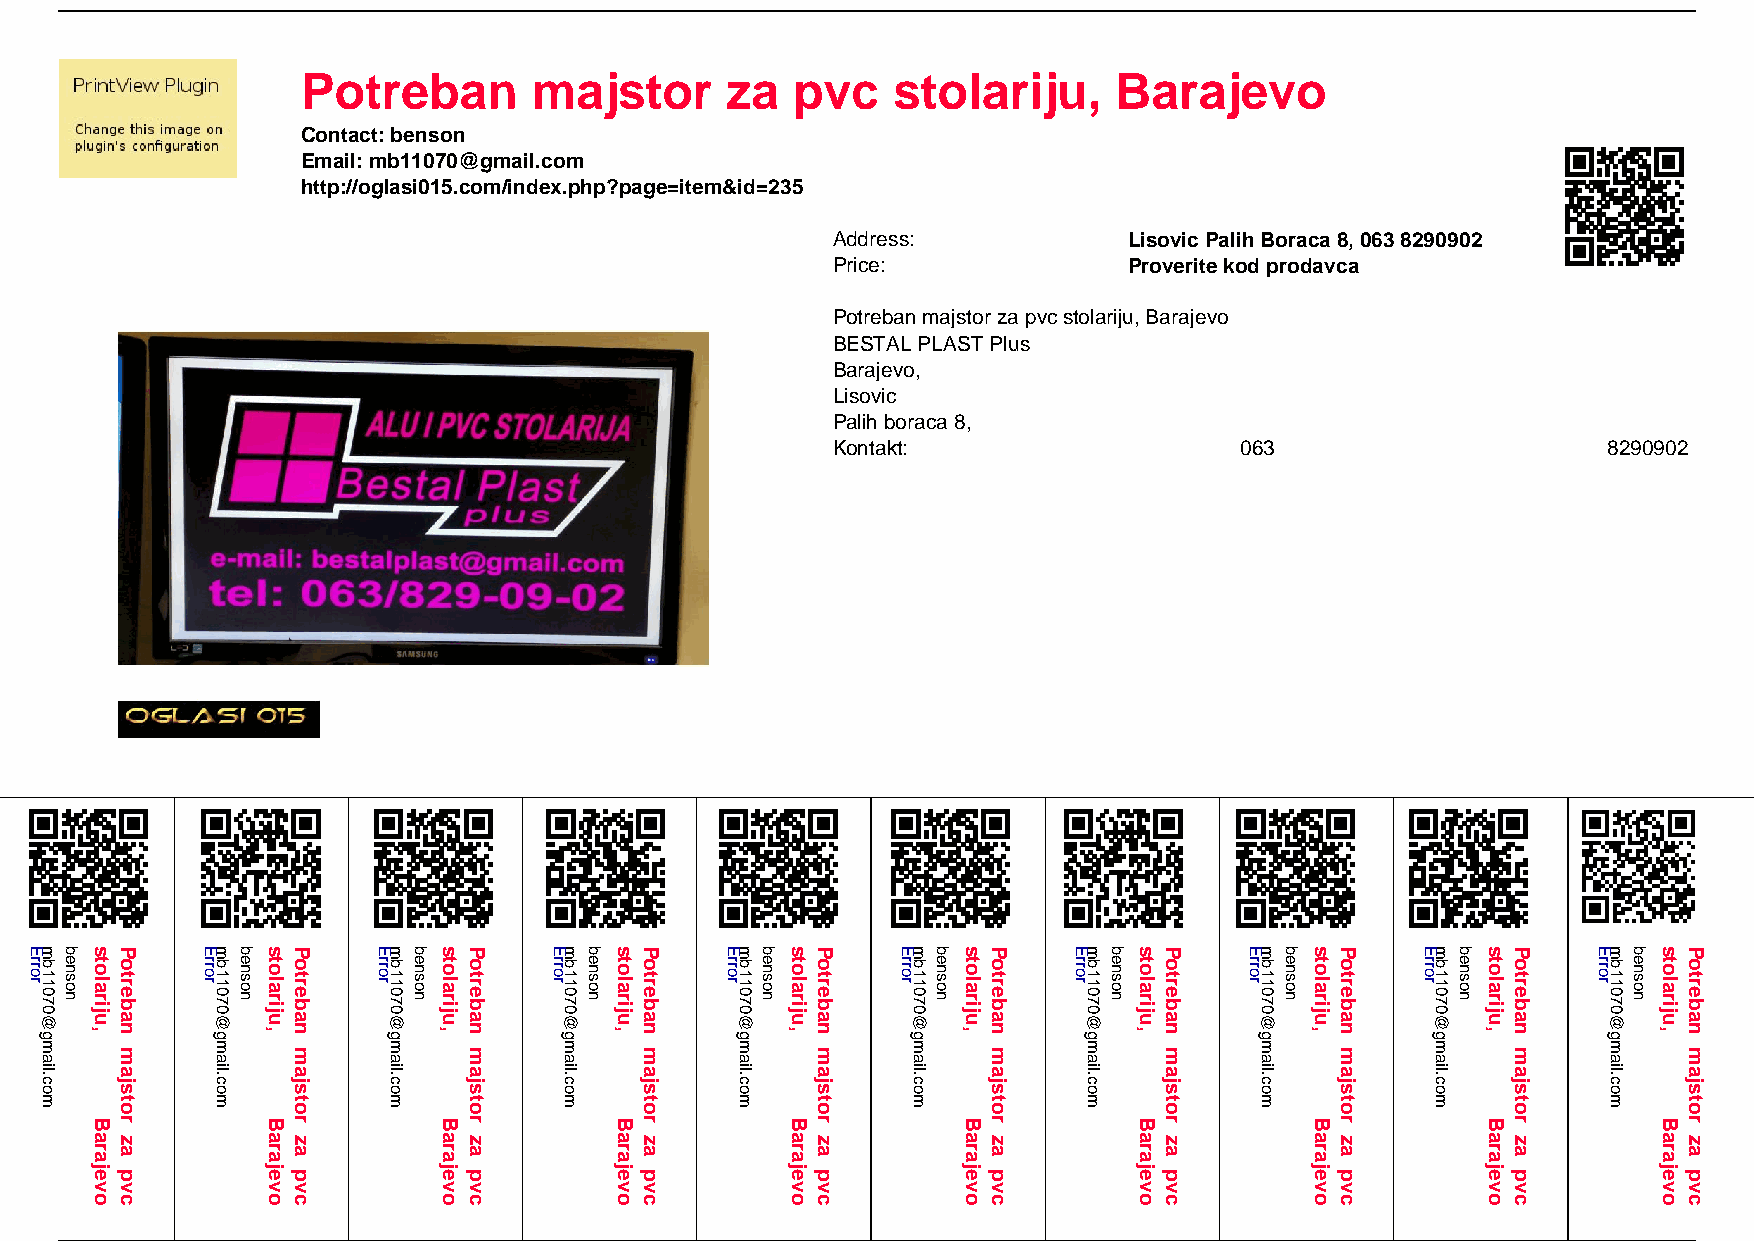
Potreban       majstor      za   pvc   stolariju,     Barajevo
 Contact: benson
 Email: mb11070@gmail.com
 http://oglasi015.com/index.php?page=item&id=235
 Address:            Lisovic Palih Boraca 8, 063 8290902
 Price:              Proverite kod prodavca
 Potreban majstor za pvc stolariju, Barajevo
 BESTAL PLAST Plus
 Barajevo,
 Lisovic
 Palih boraca 8,
 Kontakt:                   063                     8290902
 Powered by TCPDF (www.tcpdf.org)
 1 / 1
 Error mb11070@gmail.com benson stolariju,
 Barajevo
 Potreban
 majstor
 za
 pvc
 Error mb11070@gmail.com benson stolariju,
 Barajevo
 Potreban
 majstor
 za
 pvc
 Error mb11070@gmail.com benson stolariju,
 Barajevo
 Potreban
 majstor
 za
 pvc
 Error mb11070@gmail.com benson stolariju,
 Barajevo
 Potreban
 majstor
 za
 pvc
 Error mb11070@gmail.com benson stolariju,
 Barajevo
 Potreban
 majstor
 za
 pvc
 Error mb11070@gmail.com benson stolariju,
 Barajevo
 Potreban
 majstor
 za
 pvc
 Error mb11070@gmail.com benson stolariju,
 Barajevo
 Potreban
 majstor
 za
 pvc
 Error mb11070@gmail.com benson stolariju,
 Barajevo
 Potreban
 majstor
 za
 pvc
 Error mb11070@gmail.com benson stolariju,
 Barajevo
 Potreban
 majstor
 za
 pvc
 Error mb11070@gmail.com benson stolariju,
 Barajevo
 Potreban
 majstor
 za
 pvc